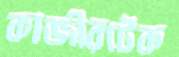
কাজীরটেক